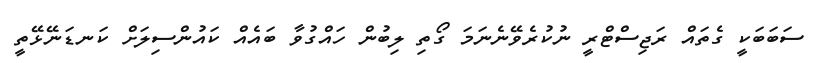
ސަބަބަކީ ގެތައް ރަޖިސްޓްރީ ނުކުރެވޭނެނަމަ ގޯތި ލިބުން ހައްގުވާ ބައެއް ކައުންސިލަށް ކަނޑަނޭޅޭތީ